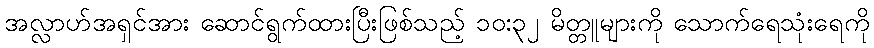
အလ္လာဟ်အရှင်အား ဆောင်ရွက်ထားပြီးဖြစ်သည့် ၁၀:၃၂ မိတ္တူများကို သောက်ရေသုံးရေကို